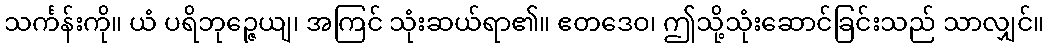
သင်္ကန်းကို။ ယံ ပရိဘုဉ္ဇေယျ၊ အကြင် သုံးဆယ်ရာ၏။ ဧတဒေဝ၊ ဤသို့သုံးဆောင်ခြင်းသည် သာလျှင်။